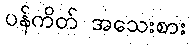
ပန်ကိတ် အသေးစား